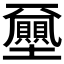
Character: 𡔈